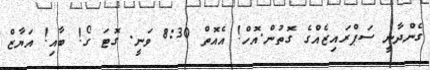
ގެންދާނީ ސަޕްރައިޒެއްގެ ގޮތުން.އޮހް! އެއޮތް 8:30 ވަނީ. ގޮޓަ ގޯ! ބާއި! އަޔާޒް